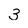
Character: 3